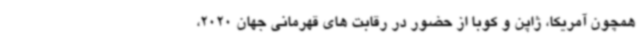
همچون آمریکا، ژاپن و کوبا از حضور در رقابت های قهرمانی جهان 2020،